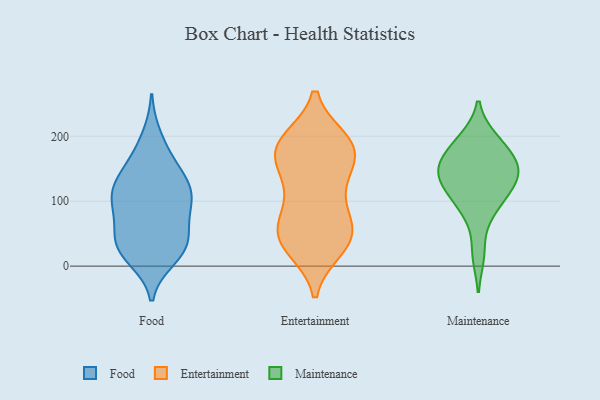
{"axis": {"x": "Production Output", "y": "Value"}, "legend": ["Entertainment", "Food", "Maintenance"], "data": [{"x": "", "y": 166, "type": "Food"}, {"x": "", "y": 119, "type": "Food"}, {"x": "", "y": 116, "type": "Food"}, {"x": "", "y": 101, "type": "Food"}, {"x": "", "y": 89, "type": "Food"}, {"x": "", "y": 85, "type": "Food"}, {"x": "", "y": 27, "type": "Food"}, {"x": "", "y": 17, "type": "Food"}, {"x": "", "y": 161, "type": "Food"}, {"x": "", "y": 12, "type": "Food"}, {"x": "", "y": 120, "type": "Food"}, {"x": "", "y": 30, "type": "Food"}, {"x": "", "y": 122, "type": "Food"}, {"x": "", "y": 76, "type": "Food"}, {"x": "", "y": 39, "type": "Food"}, {"x": "", "y": 135, "type": "Food"}, {"x": "", "y": 50, "type": "Food"}, {"x": "", "y": 37, "type": "Food"}, {"x": "", "y": 200, "type": "Food"}, {"x": "", "y": 36, "type": "Entertainment"}, {"x": "", "y": 52, "type": "Entertainment"}, {"x": "", "y": 162, "type": "Entertainment"}, {"x": "", "y": 32, "type": "Entertainment"}, {"x": "", "y": 177, "type": "Entertainment"}, {"x": "", "y": 61, "type": "Entertainment"}, {"x": "", "y": 56, "type": "Entertainment"}, {"x": "", "y": 28, "type": "Entertainment"}, {"x": "", "y": 191, "type": "Entertainment"}, {"x": "", "y": 193, "type": "Entertainment"}, {"x": "", "y": 124, "type": "Entertainment"}, {"x": "", "y": 173, "type": "Entertainment"}, {"x": "", "y": 189, "type": "Entertainment"}, {"x": "", "y": 186, "type": "Entertainment"}, {"x": "", "y": 152, "type": "Entertainment"}, {"x": "", "y": 113, "type": "Entertainment"}, {"x": "", "y": 50, "type": "Entertainment"}, {"x": "", "y": 87, "type": "Entertainment"}, {"x": "", "y": 102, "type": "Maintenance"}, {"x": "", "y": 171, "type": "Maintenance"}, {"x": "", "y": 196, "type": "Maintenance"}, {"x": "", "y": 106, "type": "Maintenance"}, {"x": "", "y": 133, "type": "Maintenance"}, {"x": "", "y": 131, "type": "Maintenance"}, {"x": "", "y": 18, "type": "Maintenance"}, {"x": "", "y": 144, "type": "Maintenance"}, {"x": "", "y": 193, "type": "Maintenance"}, {"x": "", "y": 152, "type": "Maintenance"}, {"x": "", "y": 145, "type": "Maintenance"}, {"x": "", "y": 165, "type": "Maintenance"}, {"x": "", "y": 80, "type": "Maintenance"}]}